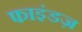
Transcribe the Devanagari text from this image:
फाइंडज़